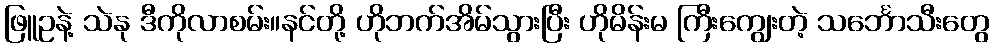
ဖြူဥနဲ့ သဲနု ဒီကိုလာစမ်း။နင်တို့ ဟိုဘက်အိမ်သွားပြီး ဟိုမိန်းမ ကြီးကျွေးတဲ့ သင်္ဘောသီးတွေ